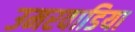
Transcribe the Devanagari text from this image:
उमरवाडिया